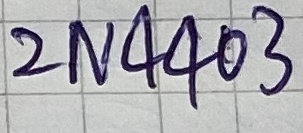
Text: 2N4403